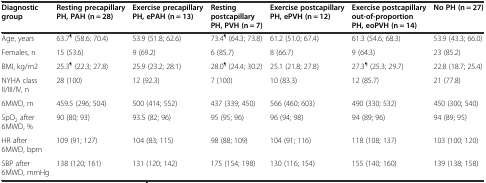
| Diagnostic group | Resting precapillary PH, PAH (n = 28) | Exercise precapillary PH, ePAH (n = 13) | Resting postcapillary PH, PVH (n = 7) | Exercise postcapillary PH, ePVH (n = 12) | Exercise postcapillary out-of-proportion PH, eoPVH (n = 14) | No PH (n = 27) |
 | --- | --- | --- | --- | --- | --- | --- |
 | Age, years | 63.7¶ (58.6; 70.4) | 53.9 (51.8; 62.6) | 73.4¶ (64.3; 73.8) | 61.2 (51.0; 67.4) | 61.3 (54.6; 68.3) | 53.9 (43.3; 66.0) |
 | Females, n | 15 (53.6) | 9 (69.2) | 6 (85.7) | 8 (66.7) | 9 (64.3) | 23 (85.2) |
 | BMI, kg/m2 | 25.3¶ (22.3; 27.8) | 25.9 (23.2; 28.1) | 28.0¶ (24.4; 30.2) | 25.1 (21.8; 27.8) | 27.3¶ (25.3; 29.7) | 22.8 (18.7; 25.4) |
 | NYHA class II/III/IV, n | 28 (100) | 12 (92.3) | 7 (100) | 10 (83.3) | 12 (85.7) | 21 (77.8) |
 | 6MWD, m | 459.5 (296; 504) | 500 (414; 552) | 437 (339; 450) | 566 (460; 603) | 490 (330; 532) | 450 (300; 540) |
 | SpO2 after 6MWD, % | 90 (80; 93) | 93.5 (82; 96) | 95 (95; 96) | 96 (94; 98) | 94 (89; 96) | 94 (89; 95) |
 | HR after 6MWD, bpm | 109 (91; 127) | 104 (83; 115) | 98 (88; 109) | 104 (91; 116) | 118 (108; 137) | 103 (100; 120) |
 | SBP after 6MWD, mmHg | 138 (120; 161) | 131 (120; 142) | 175 (154; 198) | 130 (116; 154) | 155 (140; 160) | 139 (138; 158) |